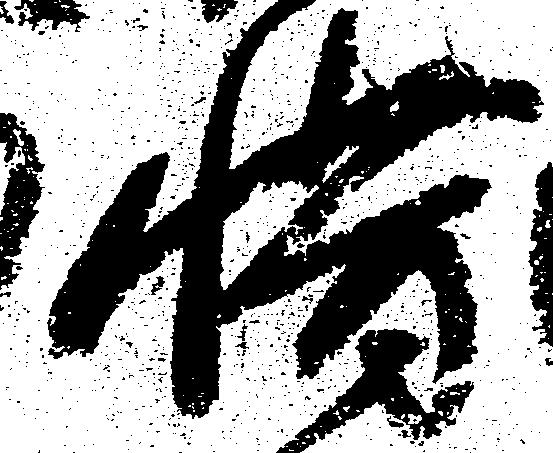
惜